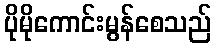
ပိုမိုကောင်းမွန်စေသည်